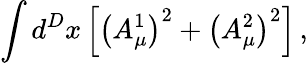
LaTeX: \int d^{D}x\left[\left(A_{\mu}^{1}\right)^{2}+\left(A_{\mu}^{2}\right)^{2}\right]\, ,